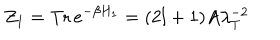
Z _ { 1 } = \mathrm { T r } \, e ^ { - \beta H _ { 1 } } = ( 2 l + 1 ) A \lambda _ { T } ^ { - 2 }